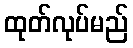
ထုတ်လုပ်မည်